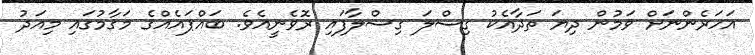
އަހަރެންނަށް ވަމުން ދިޔަ ތަދާއެކު ގިސްލަ ގިސްލާފައި ރޮވެނީއެވެ. ބައްޕައެއްގެ މަޤާމުގައި މިއަދު